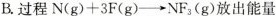
B. 过程N(g)+3F(g)\toNF_{3}(g)放出能量